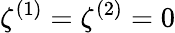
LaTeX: \zeta^{(1)}=\zeta^{(2)}=0